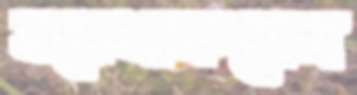
হয়েথাকবেন